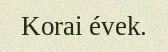
Korai évek.